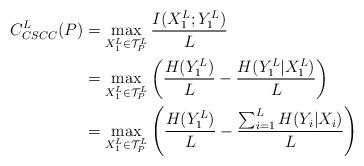
LaTeX: \begin{align*}C_{CSCC}^{L}(P) &= \max_{X_1^L \in \mathcal{T}_{P}^{L}} \frac{I(X_1^L ; Y_1^L)}{L} \\&= \max_{X_1^L \in \mathcal{T}_{P}^{L}} \left( \frac{H(Y_1^L)}{L} - \frac{H(Y_1^L | X_1^L)}{L} \right) \\&= \max_{X_1^L \in \mathcal{T}_{P}^{L}} \left( \frac{H(Y_1^L)}{L} - \frac{ \sum_{i=1}^{L} H(Y_i | X_i)}{L} \right)\end{align*}